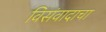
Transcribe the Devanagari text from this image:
विसंवादाचा